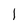
Character: l